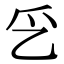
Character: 㐍